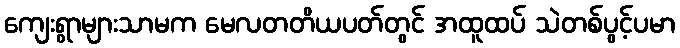
ကျေးရွာများသာမက မေလတတိယပတ်တွင် အထူထပ် သဲတစ်ပွင့်ပမာ